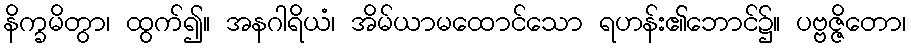
နိက္ခမိတွာ၊ ထွက်၍။ အနဂါရိယံ၊ အိမ်ယာမထောင်သော ရဟန်း၏ဘောင်၌။ ပဗ္ဗဇ္ဇိတော၊